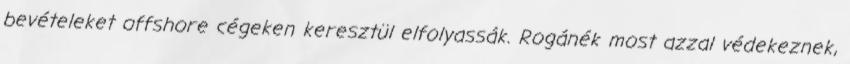
bevételeket off­shore cégeken keresztül elfolyassák. Rogánék most azzal védekeznek,